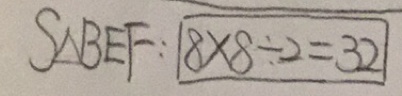
S _ { \Delta B E F } : \boxed { 8 \times 8 \div 2 = 3 2 }